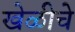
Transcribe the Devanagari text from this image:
खेळीचे